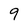
Character: 9